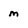
Character: m